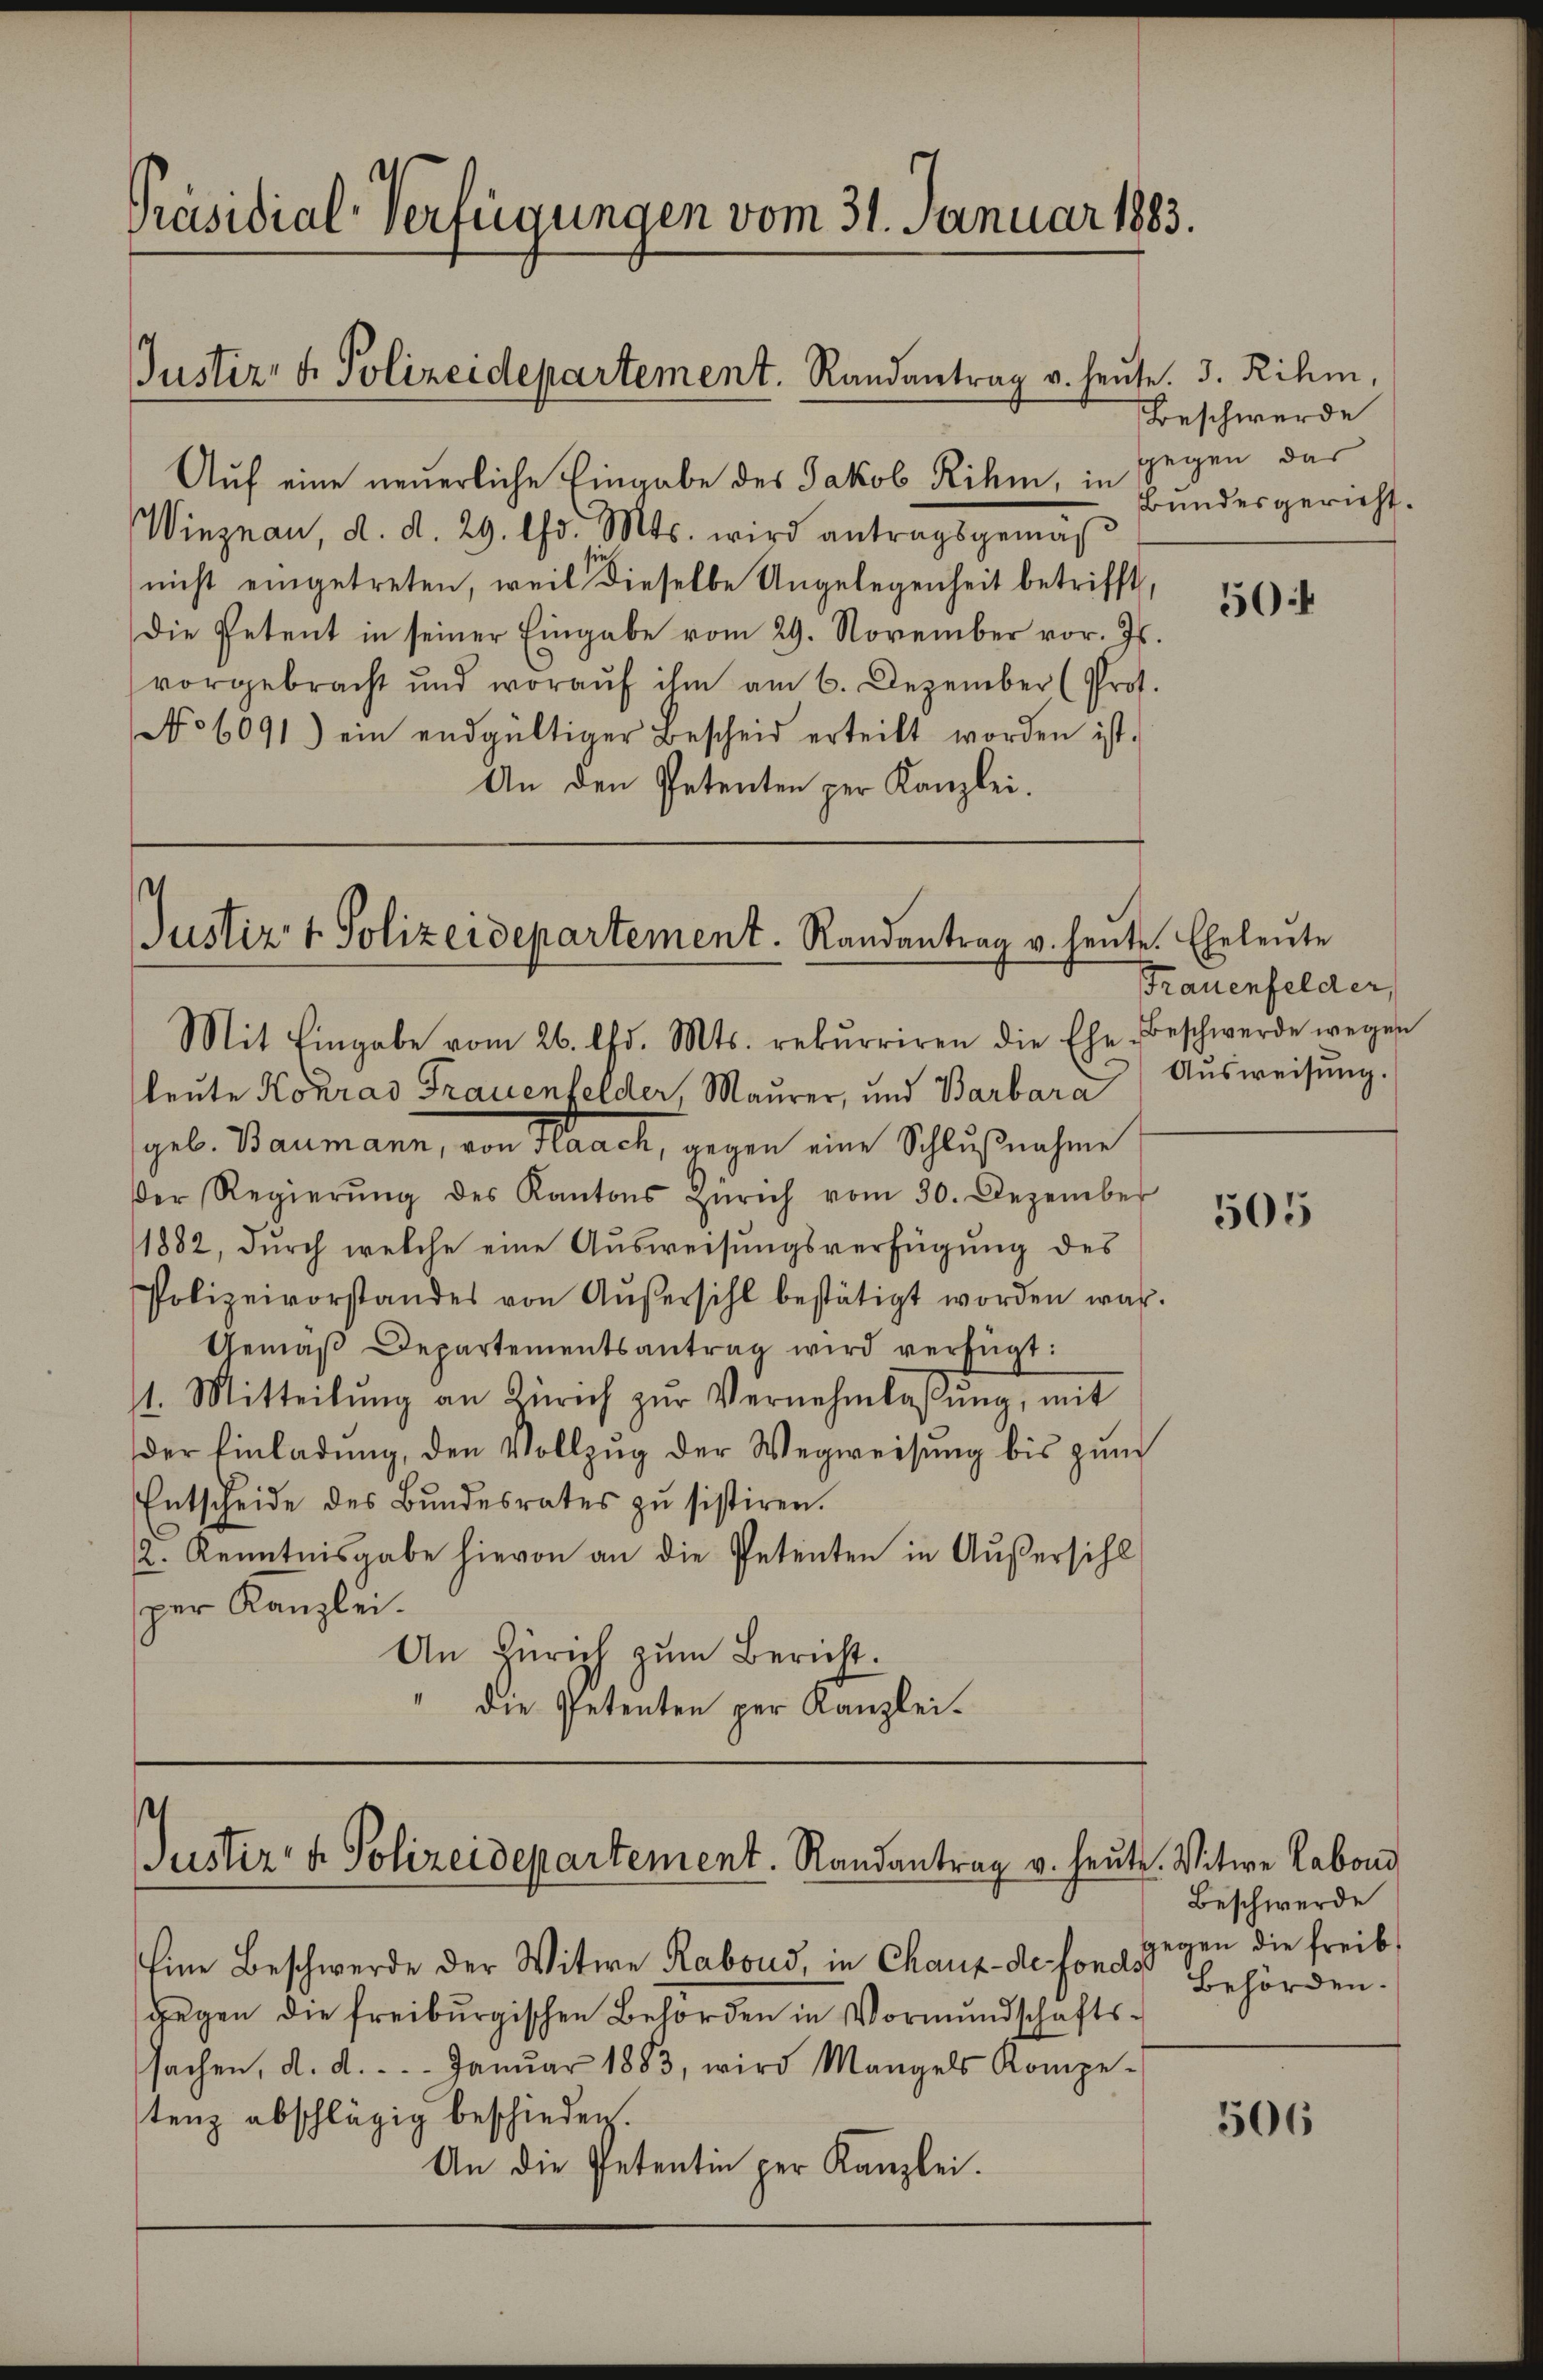
Präsidial-Verfügungen vom 31. Januar 1883.

Justiz- & Polizeidepartement. Randantrag v. heute. J. Rihm,

Auf eine neuerliche Eingabe des Jakob Rihm, in
Winznau, d. d. 29. Chr. Mts. wird antragsgemäß
nicht eingetreten, weil dieselbe Ungelegenheit betrifft
Die Petent in seiner Eingabe vom 29. November vor. Js.
vorgebracht und woraŭf ihm am 6. Dezember (Prof.
No 6091) ein endgültiger Bescheid erteilt worden ist.
An den Petenten per Kanzlei.

Justiz- & Polizeidepartement. Randantrag v. heute. Eheleute
Mit Eingabe vom 26. Chr. Mts. rekurriren die Ehe-Beschwerde wegen

Justiz- & Polizeidepartement. Randantrag v. heute. Witwe Labond

Eine Beschwerde der Witwe Raboud, in Chaux-de fonds Behörden.
gegen die freiburgischen Behörden in Vormundschafts-
sachen, d. d. ... Janŭar 1883, wird Mangels Kompe-
stenz abschlägig beschieden.
An die Petentin per Kanzlei.

Beschwerde
gegen das
Bundesgericht.

leute Konrad Frauenfelder, Maurer, und Barbara
geb. Baumann, von Haach, gegen eine Schlußnahme
der Regierŭng des Kantons Zürich vom 30. Dezember
1882, durch welche eine Ausweisungsverfügung des
Polizeivorstandes von Aŭβersihl bestätigt worden war.
Gemäβ Departementsantrag wird verfügt:
11. Mitteilŭng an Zürich zŭr Vernehmlassŭng, mit
der Einladung, den Vollzug der Wegweisung bis zum
Entscheide des Bŭndesrates zŭ sistiren.
2. Kenntnisgabe hievon an die Petenten in Außersihl
per Kanzlei.
An Zürich zum Bericht.
" die Petenten per Kanzlei.

50

Frauenfelder,
Ausweisung.

505

Beschwerde
gegen die Freib

506